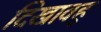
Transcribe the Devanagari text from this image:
दिखावहु